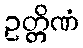
ဥတ္တိဏံ